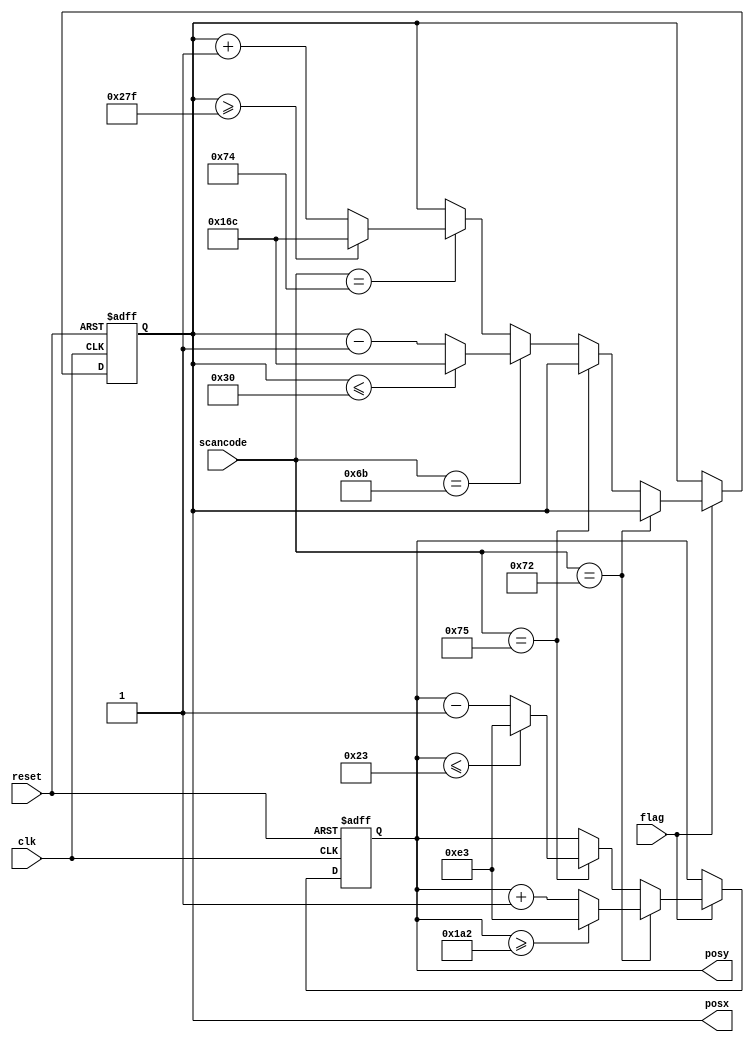
module move(clk,reset,flag,scancode,posx,posy);
input clk,reset,flag;
input [7:0] scancode;
output [9:0] posx;
output [8:0] posy;
reg [9:0] posx;
reg [8:0] posy;

always@(posedge clk or posedge reset) 
begin
if(reset)
begin
	posx<='d364;
	posy<='d227;
	end
	
else if (flag)
if (scancode=='h72)
	begin
		posy<=posy+1;
		if(posy>='d418)
			posy<='d227;
	end
	else if (scancode=='h75)
	begin
		posy<=posy-1;
		if(posy<='d35)
			posy<='d227;
	end
	
	else if (scancode=='h6b)
	begin
		posx<=posx-1;
		if(posx<='d48)
			posx<='d364;
	end
	else if (scancode=='h74)
	begin
		posx<=posx+1;
		if(posx>='d639)
			posx<='d364;
	end
		
	end



endmodule